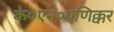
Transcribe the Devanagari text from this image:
के०एन०पणिक्कर